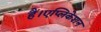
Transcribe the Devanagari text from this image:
हैं।एप्लिकेशन